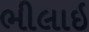
ભીલાઇ